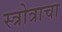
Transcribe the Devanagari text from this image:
स्त्रोत्राचा